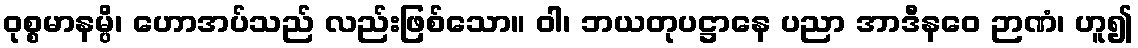
ဝုစ္စမာနမ္ပိ၊ ဟောအပ်သည် လည်းဖြစ်သော။ ဝါ၊ ဘယတုပဋ္ဌာနေ ပညာ အာဒီနဝေ ဉာဏံ၊ ဟူ၍